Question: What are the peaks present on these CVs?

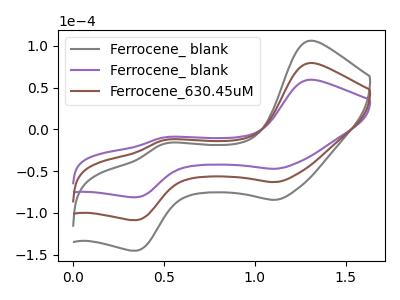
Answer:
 <answer>The gray curve "Ferrocene_ blank" has anodic peaks at (1.30V, 158.50uA) (0.50V, -26.20uA) and cathodic peaks at (1.10V, -126.25uA) (0.35V, -217.35uA). The purple curve "Ferrocene_ blank" has anodic peaks at (1.30V, 59.30uA) (0.50V, -9.80uA) and cathodic peaks at (1.10V, -47.25uA) (0.35V, -81.30uA). The brown curve "Ferrocene_630.45uM" has anodic peaks at (1.30V, 79.25uA) (0.50V, -13.10uA) and cathodic peaks at (1.10V, -63.10uA) (0.35V, -108.65uA).</answer>
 <eval></eval>